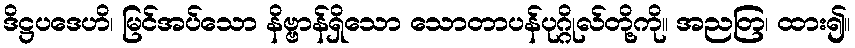
ဒိဋ္ဌပဒေဟိ၊ မြင်အပ်သော နိဗ္ဗာန်ရှိသော သောတာပန်ပုဂ္ဂိုလ်တို့ကို။ အညတြ၊ ထား၍။